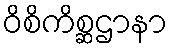
ဝိစိကိစ္ဆဌာနာ